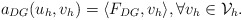
\begin{align*} a_{DG}(u_{h},v_{h}) = \langle F_{DG},v_{h} \rangle , \forall v_{h} \in \mathcal{V}_{h}.\end{align*}